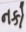
નકો